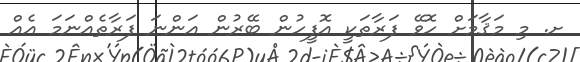
ށ. މި މަޤާމަށް ހޮވޭ ފަރާތަކީ އޮފީހުން ބޭރުން އަންނަ ފަރާތެއްނަމަ އެއް